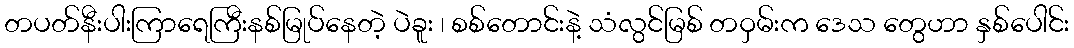
တပတ်နီးပါးကြာရေကြီးနစ်မြုပ်နေတဲ့ ပဲခူး ၊ စစ်တောင်းနဲ့ သံလွင်မြစ် တဝှမ်းက ဒေသ တွေဟာ နှစ်ပေါင်း